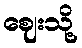
ဈေးသို့